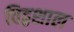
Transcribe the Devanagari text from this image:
विद्वशाल